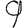
Digit: 9